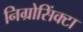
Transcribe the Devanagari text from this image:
निग्रोसिंक्टा